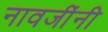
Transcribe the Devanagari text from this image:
नावजींनी